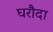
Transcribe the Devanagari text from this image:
घरौदा